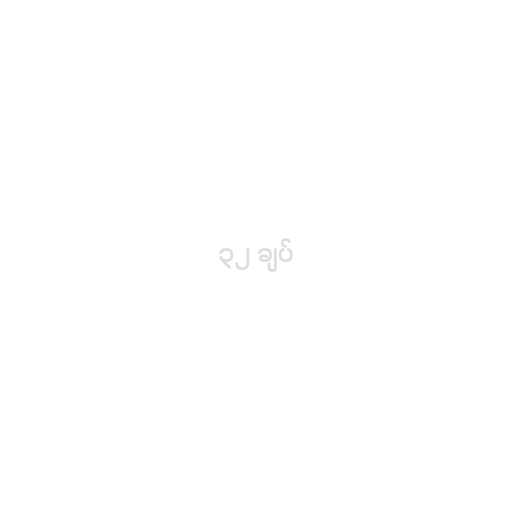
၃၂ ချပ်